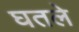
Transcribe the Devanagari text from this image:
घतले